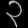
Digit: ၃